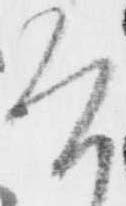
け